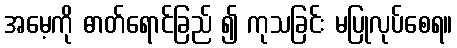
အမေ့ကို ဓာတ်ရောင်ခြည် ၍ ကုသခြင်း မပြုလုပ်စေရ။